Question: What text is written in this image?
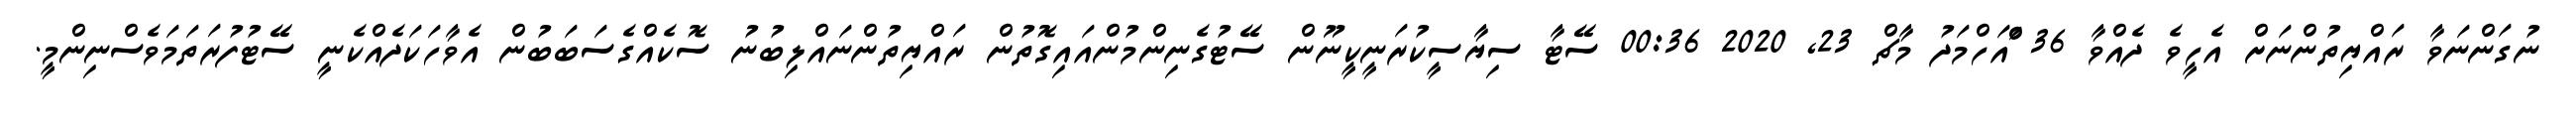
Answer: ނުގަންނަވާ ރައްޔިތުންނަށް އެހީވެ ދެއްވާ 36 ްައަހްމަދު މާޗް 23, 2020 00:36 ސޭޓާ ސިޔާސީކުރަނީކީނޫން ސޭޓުގެނިންމުންއައިގޮތުން ރައްޔިތުންނައްލިބުނު ސޮކެއްގެސަބަބުން އެވާހަކަދެއްކެނީ ސޭޓުފުރަތަމަވެސްނިންމީ.